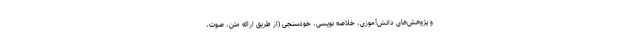
و پژوهش‌های دانش‌آموزی، خلاصه نویسی، خودسنجی (از طریق ارائه متن، صوت،